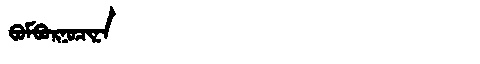
Manchu: ᠪᠣᠮᠪᠣᡵᠨᠣᠴᡳᠨᠠ
Romanization: BOMBORNOCINA